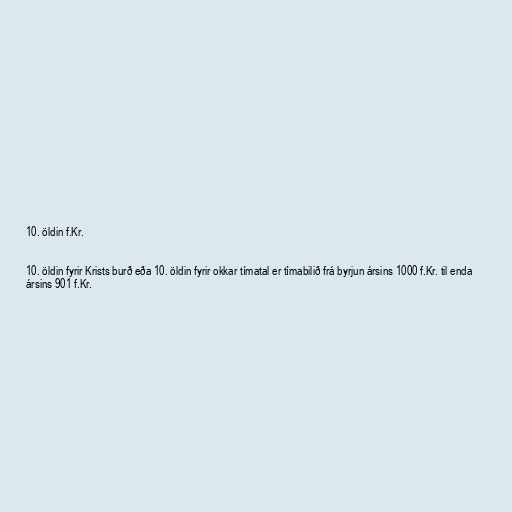
10. öldin f.Kr.

10. öldin fyrir Krists burð eða 10. öldin fyrir okkar tímatal er tímabilið frá byrjun ársins 1000 f.Kr. til enda
ársins 901 f.Kr.